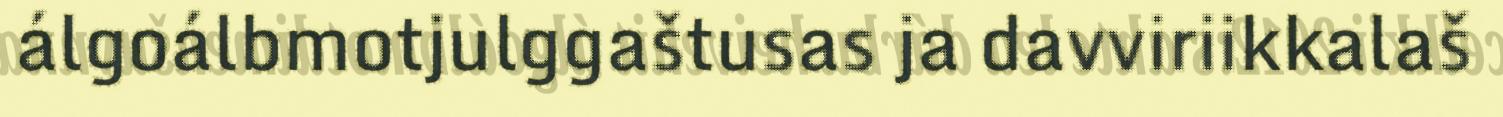
álgoálbmotjulggaštusas ja davviriikkalaš